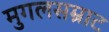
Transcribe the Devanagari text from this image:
मुगलसम्राट